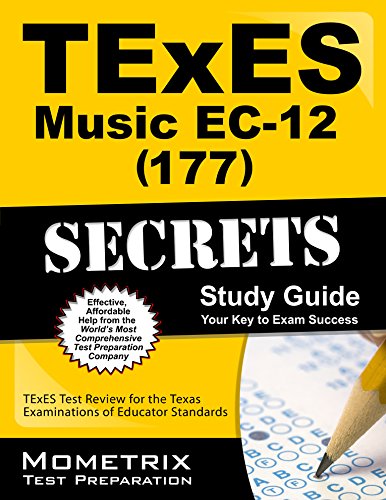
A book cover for TExES Music EC-12 (177) Secrets Study Guide: TExES Test Review for the Texas Examinations of Educator Standards; TExES Exam Secrets Test Prep Team; Test Preparation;